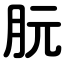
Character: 朊